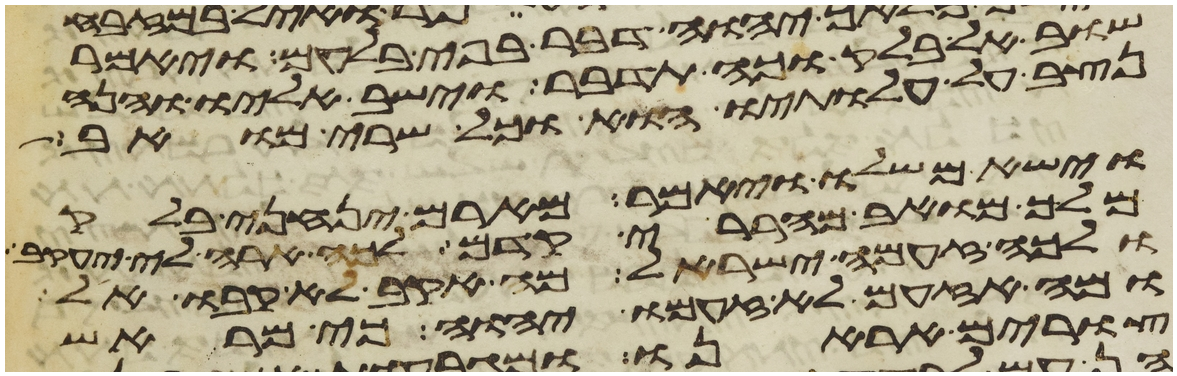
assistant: שוב אל בלק וכה תדבר וישב אליו והנה
נצב על עלתיו הוא וכל שרי מואב
וישא משלו ויאמר מארם ינחני בלק
מלך מואב מהררי קדם לכה ארה לי יעקב
ולכה זעמה ישראל מה אקב לא קבו אל
ומה אזעם לא זעם יהוה כי מראש